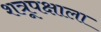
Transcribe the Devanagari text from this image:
शत्रूपक्षाला